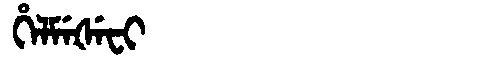
Manchu: ᡥᡝᠯᠮᡝᡧᡝᠸᡳ
Romanization: HELMEŠEFI